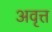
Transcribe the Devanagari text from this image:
अवृत्त